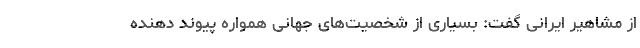
از مشاهیر ایرانی گفت: بسیاری از شخصیت‌های جهانی همواره پیوند دهنده